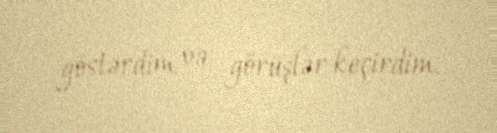
göstərdim və görüşlər keçirdim.